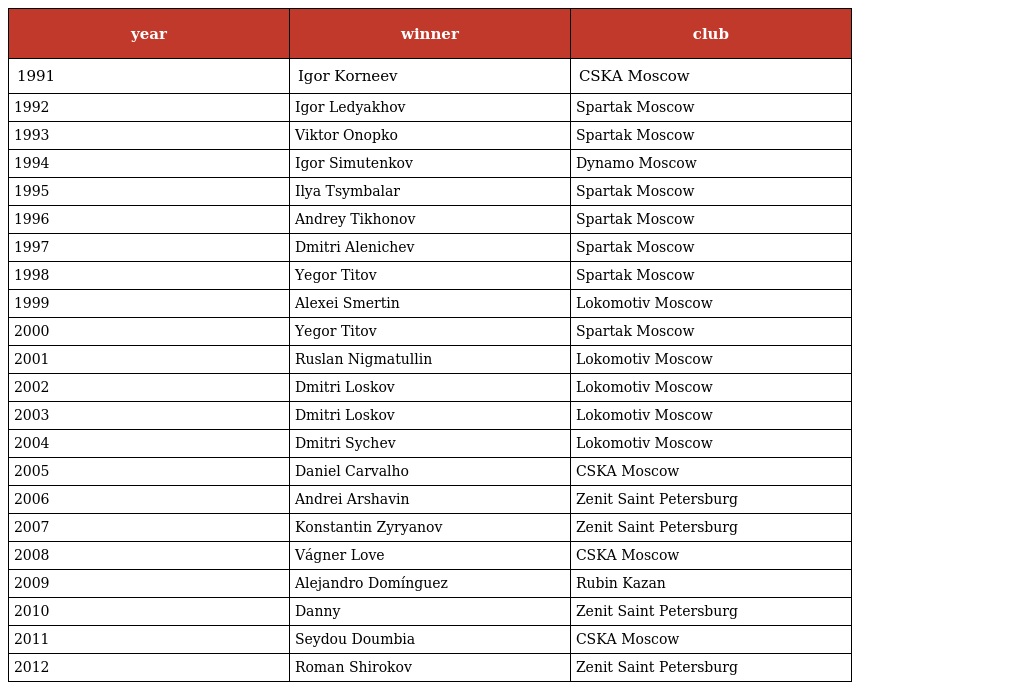
| year | winner | club |
 | --- | --- | --- |
 | 1991 | Igor Korneev | CSKA Moscow |
 | 1992 | Igor Ledyakhov | Spartak Moscow |
 | 1993 | Viktor Onopko | Spartak Moscow |
 | 1994 | Igor Simutenkov | Dynamo Moscow |
 | 1995 | Ilya Tsymbalar | Spartak Moscow |
 | 1996 | Andrey Tikhonov | Spartak Moscow |
 | 1997 | Dmitri Alenichev | Spartak Moscow |
 | 1998 | Yegor Titov | Spartak Moscow |
 | 1999 | Alexei Smertin | Lokomotiv Moscow |
 | 2000 | Yegor Titov | Spartak Moscow |
 | 2001 | Ruslan Nigmatullin | Lokomotiv Moscow |
 | 2002 | Dmitri Loskov | Lokomotiv Moscow |
 | 2003 | Dmitri Loskov | Lokomotiv Moscow |
 | 2004 | Dmitri Sychev | Lokomotiv Moscow |
 | 2005 | Daniel Carvalho | CSKA Moscow |
 | 2006 | Andrei Arshavin | Zenit Saint Petersburg |
 | 2007 | Konstantin Zyryanov | Zenit Saint Petersburg |
 | 2008 | Vágner Love | CSKA Moscow |
 | 2009 | Alejandro Domínguez | Rubin Kazan |
 | 2010 | Danny | Zenit Saint Petersburg |
 | 2011 | Seydou Doumbia | CSKA Moscow |
 | 2012 | Roman Shirokov | Zenit Saint Petersburg |